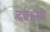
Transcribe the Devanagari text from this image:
दालमंडी